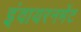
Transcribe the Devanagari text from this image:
इंवायरनमेंट